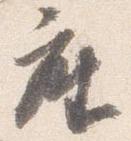
座